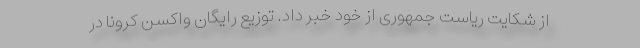
از شکایت ریاست جمهوری از خود خبر داد. توزیع رایگان واکسن کرونا در